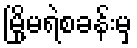
မြို့မရဲစခန်းမှ